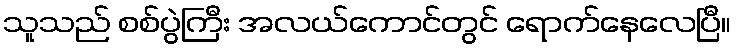
သူသည် စစ်ပွဲကြီး အလယ်ကောင်တွင် ရောက်နေလေပြီ။